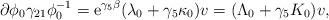
LaTeX: \begin{align*}\partial\phi_0 \gamma_{21}\phi_{0}^{-1} = {\rm e}^{\gamma_5 \beta}(\lambda_0 + \gamma_5 \kappa_0)v = (\Lambda_0 + \gamma_5 K_0) v ,\end{align*}